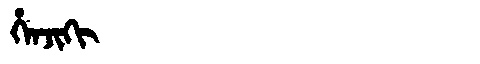
Manchu: ᡥᡝᠨᠵᡳᡴᡳ
Romanization: HENJIKI